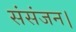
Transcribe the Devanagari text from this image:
संसंजन।